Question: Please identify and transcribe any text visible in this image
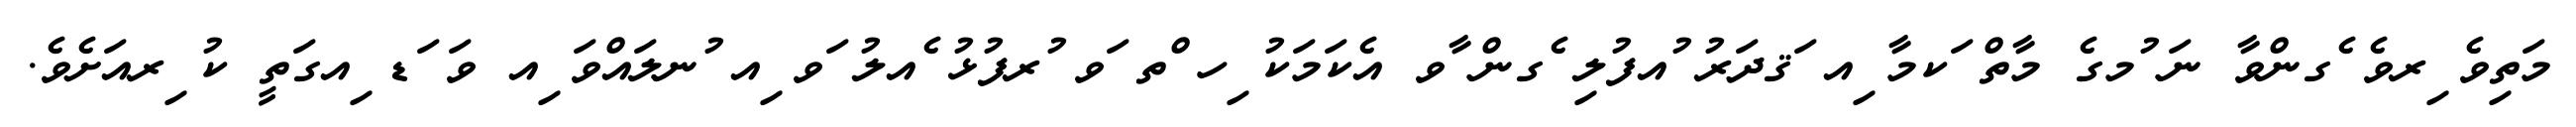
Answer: މަތިވެ ިރވެ ެގންވާ ނަ ުމގެ މާތް ަކމާ ިއ ަޤދަރު ުއފުލި ެގން ާވ އެކަމަކު ިހ ްތ ަވ ުރފުޅު ެއލު ަވ ިއ ުނލައްވަ ިއ ވަ ަޑ ިއގަތީ ކު ިރއަށެވެ.